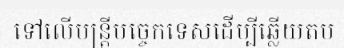
ទៅលើមន្ត្រីបច្ចេកទេសដើម្បីឆ្លើយតប